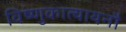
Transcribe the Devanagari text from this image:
विष्णुकात्यायनौ